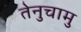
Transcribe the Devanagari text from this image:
तेनुचामु